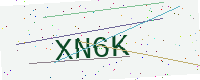
Text: XN6K